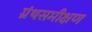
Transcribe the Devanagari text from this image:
ग्रंथसमीक्षण